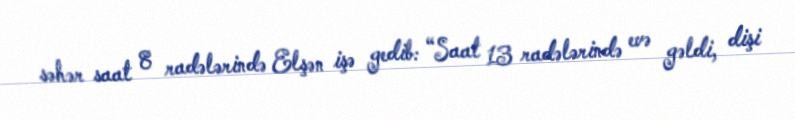
səhər saat 8 radələrində Elşən işə gedib: “Saat 13 radələrində evə gəldi, dişi